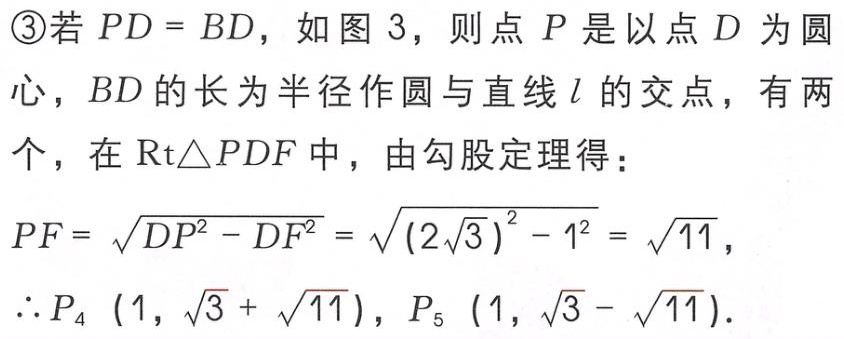
\textcircled{3}若 \(PD = BD\)，如图 3，则点 \(P\) 是以点 \(D\) 为圆心，\(BD\) 的长为半径作圆与直线 \(l\) 的交点，有两个，在 \(\text{Rt}\triangle PDF\) 中，由勾股定理得：

\(PF = \sqrt{DP^{2} - DF^{2}} = \sqrt{(2\sqrt{3})^{2} - 1^{2}} = \sqrt{11}\)，

\(\therefore P_{4}(1, \sqrt{3} + \sqrt{11})\)，\(P_{5}(1, \sqrt{3} - \sqrt{11})\)。